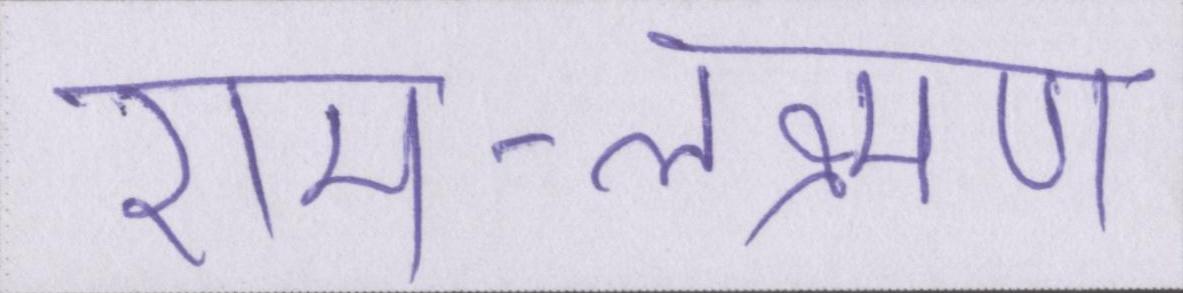
राम-लक्ष्मण